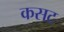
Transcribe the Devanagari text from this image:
कसट